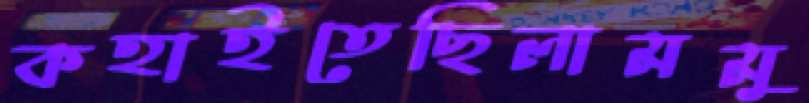
কহাইতেছিলামমু